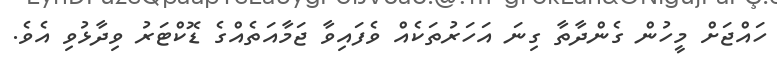
ހައްޖަށް މީހުން ގެންދާތާ ގިނަ އަހަރުތަކެއް ވެފައިވާ ޖަމާއަތެއްގެ ޑޮކްޓަރު ވިދާޅުވި އެވެ.